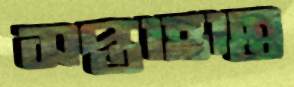
সপ্তাহান্ত